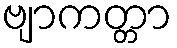
ဗျာကတ္တာ